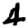
Digit: 4